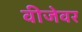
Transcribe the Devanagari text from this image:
वीजेवर